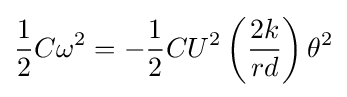
{\frac {1}{2}}C\omega ^{2}=-{\frac {1}{2}}CU^{2}\left({\frac {2k}{rd}}\right)\theta ^{2}